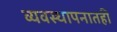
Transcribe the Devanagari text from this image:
व्यवस्थापनातही